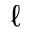
\ell